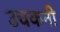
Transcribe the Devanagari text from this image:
उचकनी